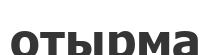
отырма